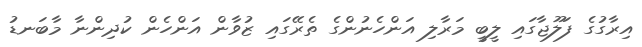
އިރާގުގެ ފަލޫޖާގައި ލީބީ މަރާލި އަންހެނުންގެ ތެރޭގައި ޒުވާން އަންހެން ކުދިންނާ މާބަނޑު